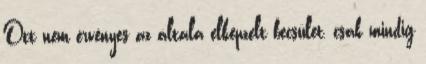
Ott nem érvényes az általa elképzelt becsület, csak mindig